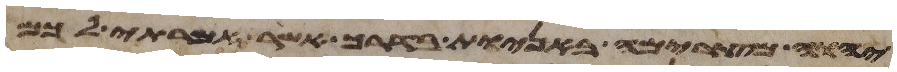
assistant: יהוה מצרימה באניות בדרך אשר אמרתי לכם